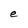
Character: e